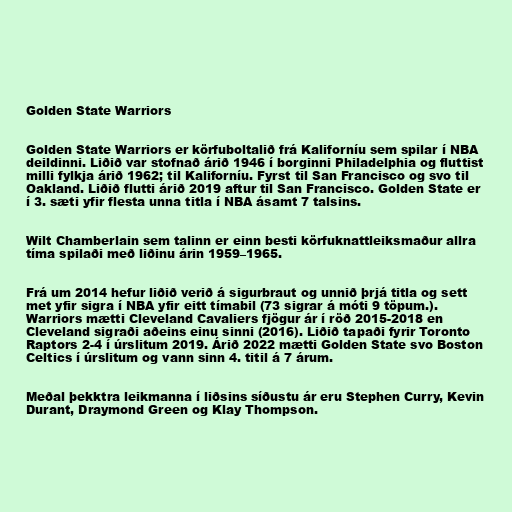
Golden State Warriors

Golden State Warriors er körfuboltalið frá Kaliforníu sem spilar í NBA
deildinni. Liðið var stofnað árið 1946 í borginni Philadelphia og fluttist
milli fylkja árið 1962; til Kaliforníu. Fyrst til San Francisco og svo til
Oakland. Liðið flutti árið 2019 aftur til San Francisco. Golden State er
í 3. sæti yfir flesta unna titla í NBA ásamt 7 talsins.

Wilt Chamberlain sem talinn er einn besti körfuknattleiksmaður allra
tíma spilaði með liðinu árin 1959–1965.

Frá um 2014 hefur liðið verið á sigurbraut og unnið þrjá titla og sett
met yfir sigra í NBA yfir eitt tímabil (73 sigrar á móti 9 töpum.).
Warriors mætti Cleveland Cavaliers fjögur ár í röð 2015-2018 en
Cleveland sigraði aðeins einu sinni (2016). Liðið tapaði fyrir Toronto
Raptors 2-4 í úrslitum 2019. Árið 2022 mætti Golden State svo Boston
Celtics í úrslitum og vann sinn 4. titil á 7 árum.

Meðal þekktra leikmanna í liðsins síðustu ár eru Stephen Curry, Kevin
Durant, Draymond Green og Klay Thompson.